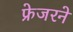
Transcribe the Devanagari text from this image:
फ्रेजरने